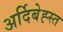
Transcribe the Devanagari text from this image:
अर्दिबेह्स्त